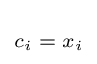
\scriptstyle c_{i}\;=\;x_{i}